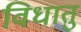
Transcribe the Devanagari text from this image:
विधातु